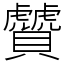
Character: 贙